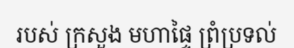
របស់ ក្រសួង មហាផ្ទៃ ព្រំប្រទល់